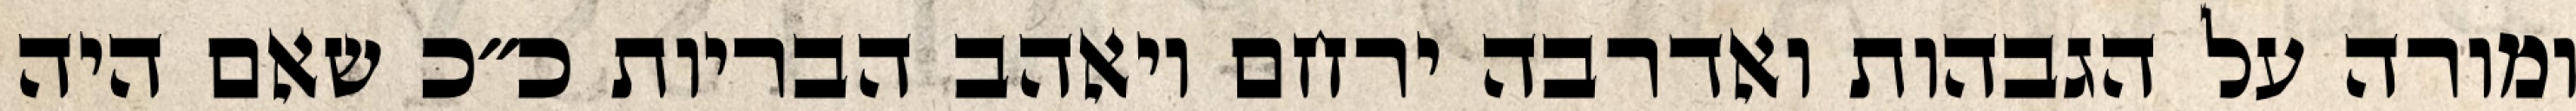
ומורה על הגבהות ואדרבה ירחם ויאהב הבריות כ״כ שאם היה